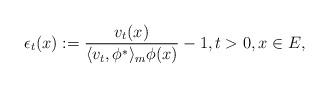
LaTeX: \begin{align*} \epsilon_{t}(x) : = \frac{v_t(x)}{\langle v_t, \phi^*\rangle_m \phi(x)} - 1, t>0, x\in E, \end{align*}